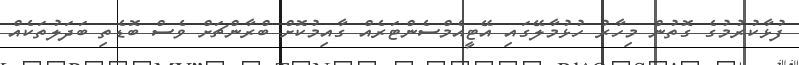
ފުޅާކުރުމުގެ ގޮތުން މިހާރު ހުޅުމާލޭގައި އޭޓީއެމްސެންޓަރެއް ގާއިމުކޮށް ބްރާންޗަށް ވެސް ބޮޑެތި ބަދަލުތަކެއް